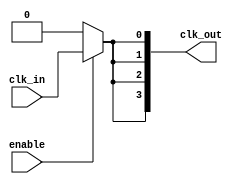
module ClockTreeBuffer (
    input wire clk_in,         // Clock input
    input wire enable,         // Enable signal for clock distribution
    output wire [3:0] clk_out  // Multiple clock outputs
);

    // Intermediate signals to hold buffered clock signals
    wire clk_buf1, clk_buf2, clk_buf3;

    // Clock gating logic
    wire clk_gated;
    assign clk_gated = enable ? clk_in : 1'b0;

    // Buffer stages
    // First buffer stage
    buf buf_stage1 (
        .I(clk_gated),
        .O(clk_buf1)
    );

    // Second buffer stage
    buf buf_stage2 (
        .I(clk_buf1),
        .O(clk_buf2)
    );

    // Third buffer stage
    buf buf_stage3 (
        .I(clk_buf2),
        .O(clk_buf3)
    );

    // Output buffer stages
    buf buf_output0 (
        .I(clk_buf3),
        .O(clk_out[0])
    );

    buf buf_output1 (
        .I(clk_buf3),
        .O(clk_out[1])
    );

    buf buf_output2 (
        .I(clk_buf3),
        .O(clk_out[2])
    );

    buf buf_output3 (
        .I(clk_buf3),
        .O(clk_out[3])
    );

endmodule